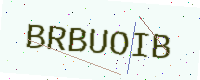
Text: BRBUOIB